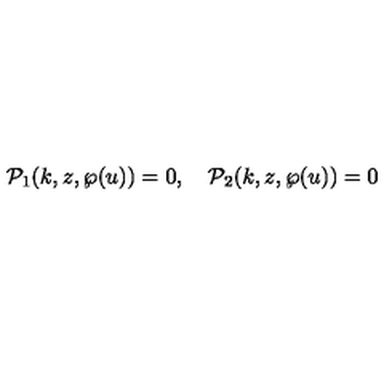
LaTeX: { \cal P } _ { 1 } ( k , z , \wp ( u ) ) = 0 , \quad { \cal P } _ { 2 } ( k , z , \wp ( u ) ) = 0